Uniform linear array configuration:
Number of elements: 32
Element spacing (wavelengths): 1
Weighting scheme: exponential
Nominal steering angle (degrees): -15
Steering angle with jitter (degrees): -13.37
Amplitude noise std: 0.05
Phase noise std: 0.05

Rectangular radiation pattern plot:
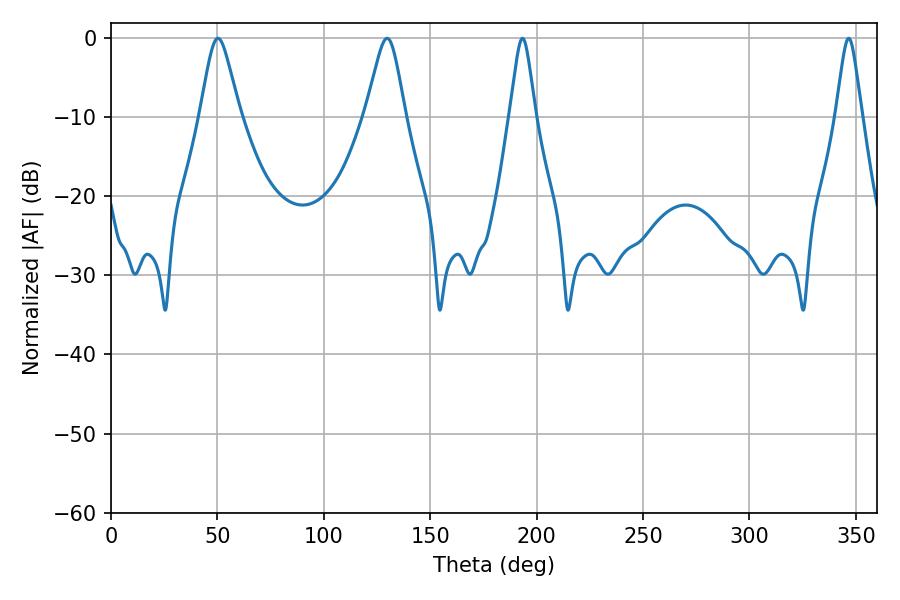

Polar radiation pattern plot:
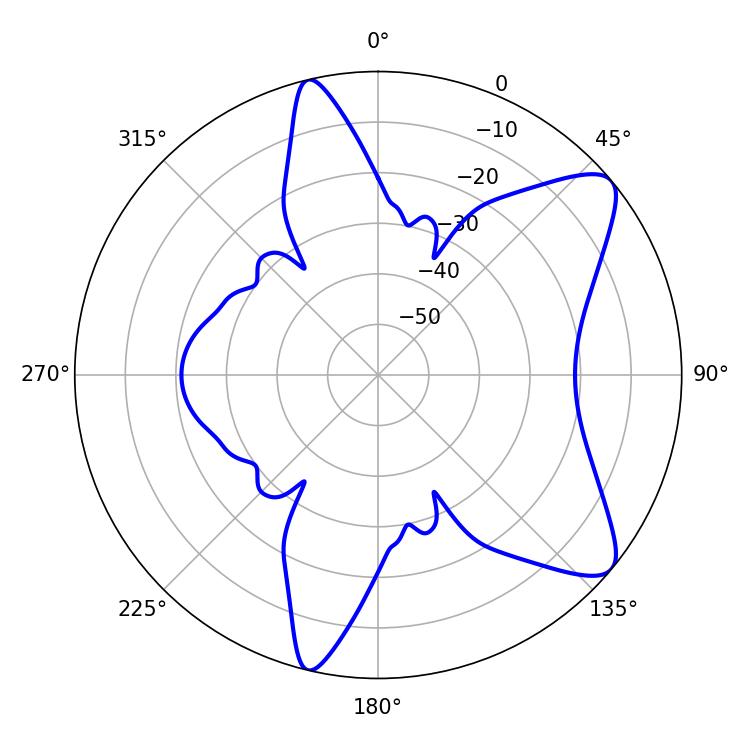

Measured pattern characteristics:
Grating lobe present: TRUE
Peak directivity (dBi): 9.168
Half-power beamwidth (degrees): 8.82
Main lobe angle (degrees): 50.22